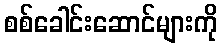
စစ်ခေါင်းဆောင်များကို